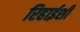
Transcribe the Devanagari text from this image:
रिहाईशी